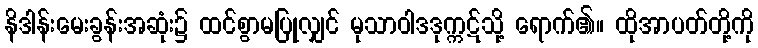
နိဒါန်းမေးခွန်းအဆုံး၌ ထင်စွာမပြုလျှင် မုသာဝါဒဒုက္ကဋ်သို့ ရောက်၏။ ထိုအာပတ်တို့ကို